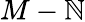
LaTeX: M-\mathbb{N}